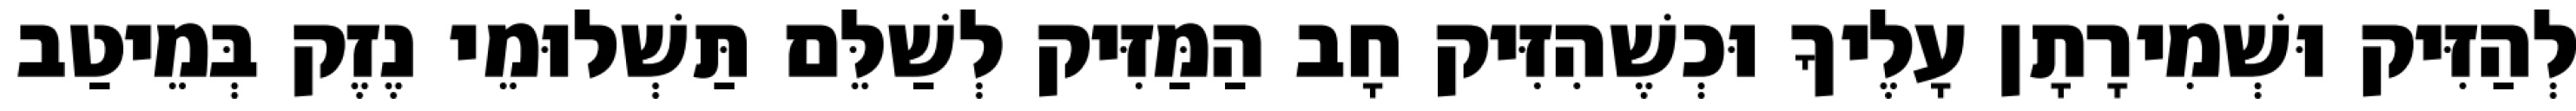
לְהַזִּיק וּשְׁמִירָתָן עָלֶיךָ וּכְשֶׁהִזִּיק חָב הַמַּזִּיק לְשַׁלֵּם תַּשְׁלוּמֵי נֶזֶק בְּמֵיטַב